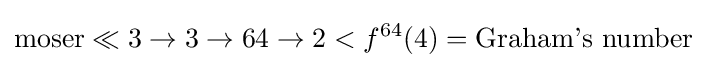
\mathrm {moser} \ll 3\rightarrow 3\rightarrow 64\rightarrow 2<f^{64}(4)={\text{Graham's number}}